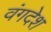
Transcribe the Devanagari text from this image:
वंगदेश